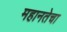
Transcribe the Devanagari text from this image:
महानतेचा